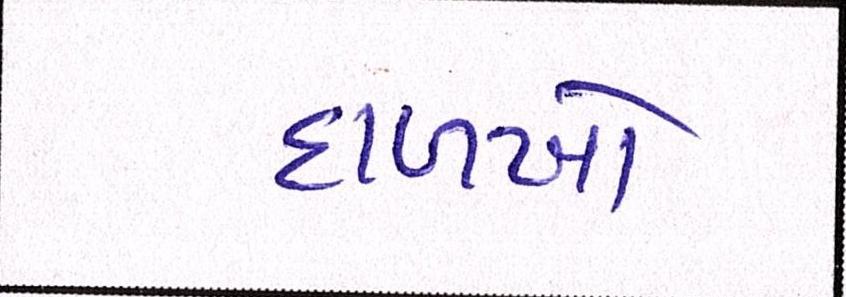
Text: દાળખો